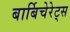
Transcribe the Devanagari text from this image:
बार्बिचेरेट्स